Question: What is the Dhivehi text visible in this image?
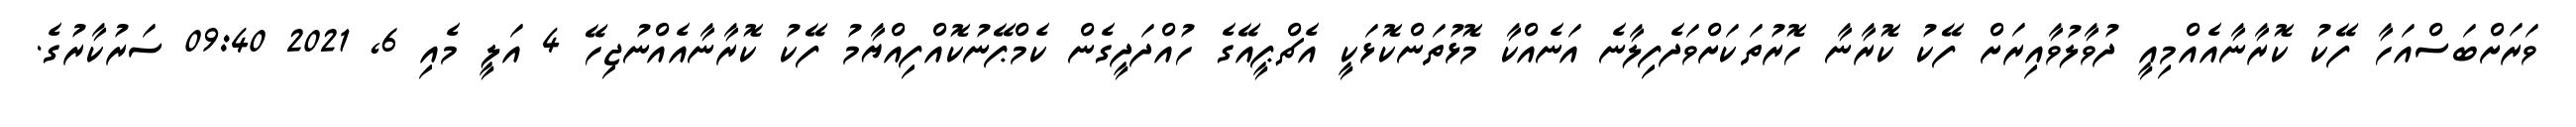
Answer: ވަރަށްބަސްއަހާ ފޭކު ކޮރާނާއެއްމިއީ ދުވާލުވާއިރަށް ފޭކު ކޮރާނާ ހޮރުތަކަށްވަދެފިލާނެ އަނެއްކާ މޮޅުތަންކޮޅަކީ އެޗްޕީއޭގެ ހުއްދަދީގެން ކެމްޕޭނުކޮއްފިއްޔާމު ފޭކު ކޮރާނާއެއްނުޖިހޭ 4 އަލީ މެއި 6, 2021 09:40 ސަރުކާރުގެ.